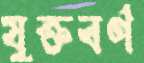
যুক্তবর্ণ